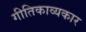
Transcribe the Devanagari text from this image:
गीतिकाव्यकार